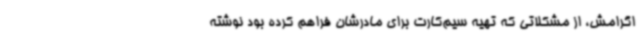
اگرامش، از مشکلاتی که تهیه سیم‌کارت برای مادرشان فراهم کرده بود نوشته